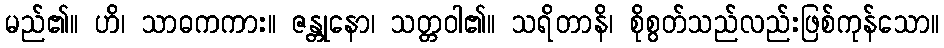
မည်၏။ ဟိ၊ သာဓကကား။ ဇန္တုနော၊ သတ္တဝါ၏။ သရိတာနိ၊ စိုစွတ်သည်လည်းဖြစ်ကုန်သော။